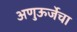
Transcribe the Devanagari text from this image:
अणुऊर्जेचा